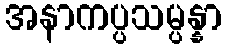
အနာကပ္ပသမ္ပန္နာ